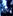
أنا